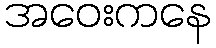
အဝေးကနေ